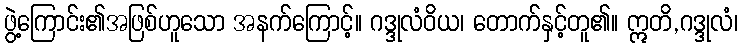
ဖွဲ့ကြောင်း၏အဖြစ်ဟူသော အနက်ကြောင့်။ ဂဒ္ဒုလံဝိယ၊ တောက်နှင့်တူ၏။ ဣတိ,ဂဒ္ဒုလံ၊